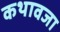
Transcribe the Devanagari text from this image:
कथावजा